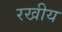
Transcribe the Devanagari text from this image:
रखीय